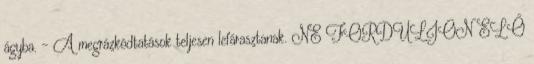
ágyba. – A megrázkódtatások teljesen lefárasztanak. NE FORDULJON ELŐ